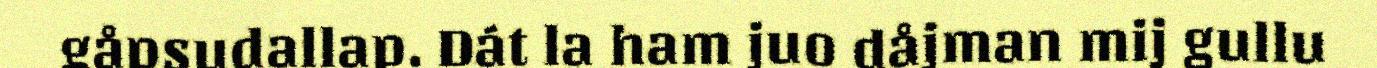
gåpsudallap. Dát la ham juo dåjman mij gullu